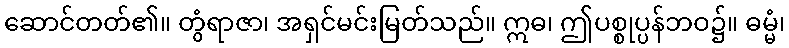
ဆောင်တတ်၏။ တွံရာဇာ၊ အရှင်မင်းမြတ်သည်။ ဣဓ၊ ဤပစ္စုပ္ပန်ဘဝ၌။ ဓမ္မံ၊